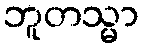
ဘူတသ္မာ